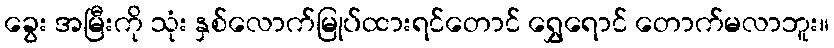
ခွေး အမြီးကို သုံး နှစ်လောက်မြုပ်ထားရင်တောင် ရွှေရောင် တောက်မလာဘူး။